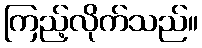
ကြည့်လိုက်သည်။